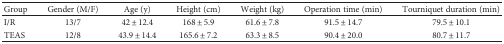
| Group | Gender (M/F) | Age (y) | Height (cm) | Weight (kg) | Operation time (min) | Tourniquet duration (min) |
 | --- | --- | --- | --- | --- | --- | --- |
 | I/R | 13/7 | 42 ± 12.4 | 168 ± 5.9 | 61.6 ± 7.8 | 91.5 ± 14.7 | 79.5 ± 10.1 |
 | TEAS | 12/8 | 43.9 ± 14.4 | 165.6 ± 7.2 | 63.3 ± 8.5 | 90.4 ± 20.0 | 80.7 ± 11.7 |